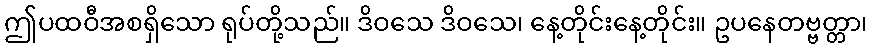
ဤပထဝီအစရှိသော ရုပ်တို့သည်။ ဒိဝသေ ဒိဝသေ၊ နေ့တိုင်းနေ့တိုင်း။ ဥပနေတဗ္ဗတ္တာ၊